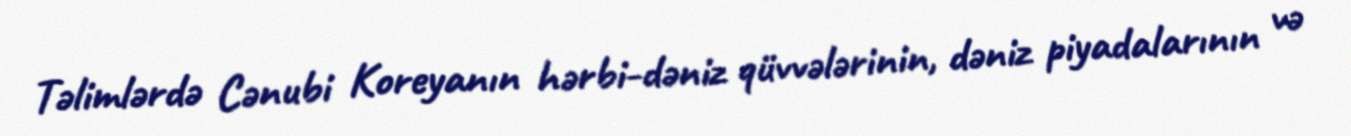
Təlimlərdə Cənubi Koreyanın hərbi-dəniz qüvvələrinin, dəniz piyadalarının və